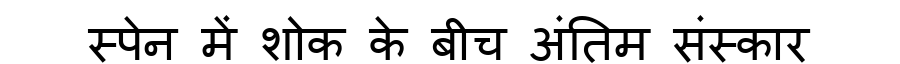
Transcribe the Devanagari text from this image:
स्पेन में शोक के बीच अंतिम संस्कार